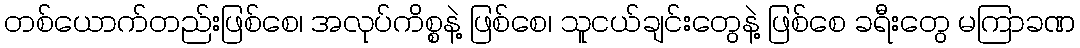
တစ်ယောက်တည်းဖြစ်စေ၊ အလုပ်ကိစ္စနဲ့ ဖြစ်စေ၊ သူငယ်ချင်းတွေနဲ့ ဖြစ်စေ ခရီးတွေ မကြာခဏ